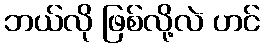
ဘယ်လို ဖြစ်လို့လဲ ဟင်